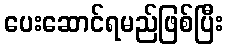
ပေးဆောင်ရမည်ဖြစ်ပြီး